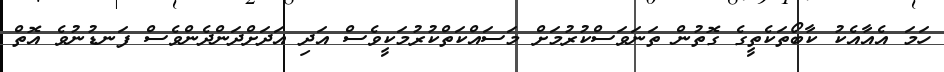
ހަމަ އެއާއެކު ކާބޯތަކެތީގެ ގޮތުން ތަނަވަސްކުރުމަށް މަސައްކަތްކުރުމަކީވެސް އަދި އަދަށްދަންދެންވެސް ފަނޑުނުވެ އޮތް